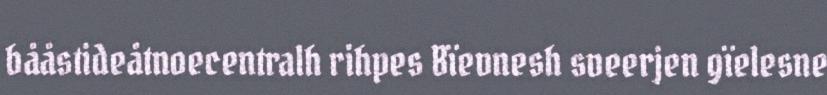
bååstideåtnoecentralh rihpes Bïevnesh sveerjen gïelesne